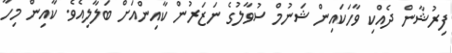
ފިރުޝާން ދެއްކި ވާހަކައިން ޝަނުމް ސުވާލުގެ ނަޒަރުން ކާއިންއަށް ބަލާލިއެވެ. ކާއިން މިހާ